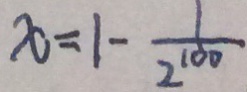
x = 1 - \frac { 1 } { 2 ^ { 1 0 0 } }